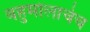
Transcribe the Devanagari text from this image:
बहुमोलाचेच